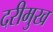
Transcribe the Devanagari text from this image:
दरीमुख